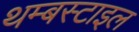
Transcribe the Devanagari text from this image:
थम्बस्टाइल